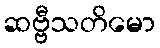
ဆဗ္ဗီသတိမော